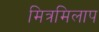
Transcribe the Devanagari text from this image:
मित्रमिलाप